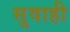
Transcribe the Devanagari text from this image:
सुवाही